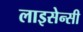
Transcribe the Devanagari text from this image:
लाइसेन्सी